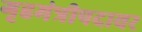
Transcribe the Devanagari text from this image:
गृहमंत्रीपदावर